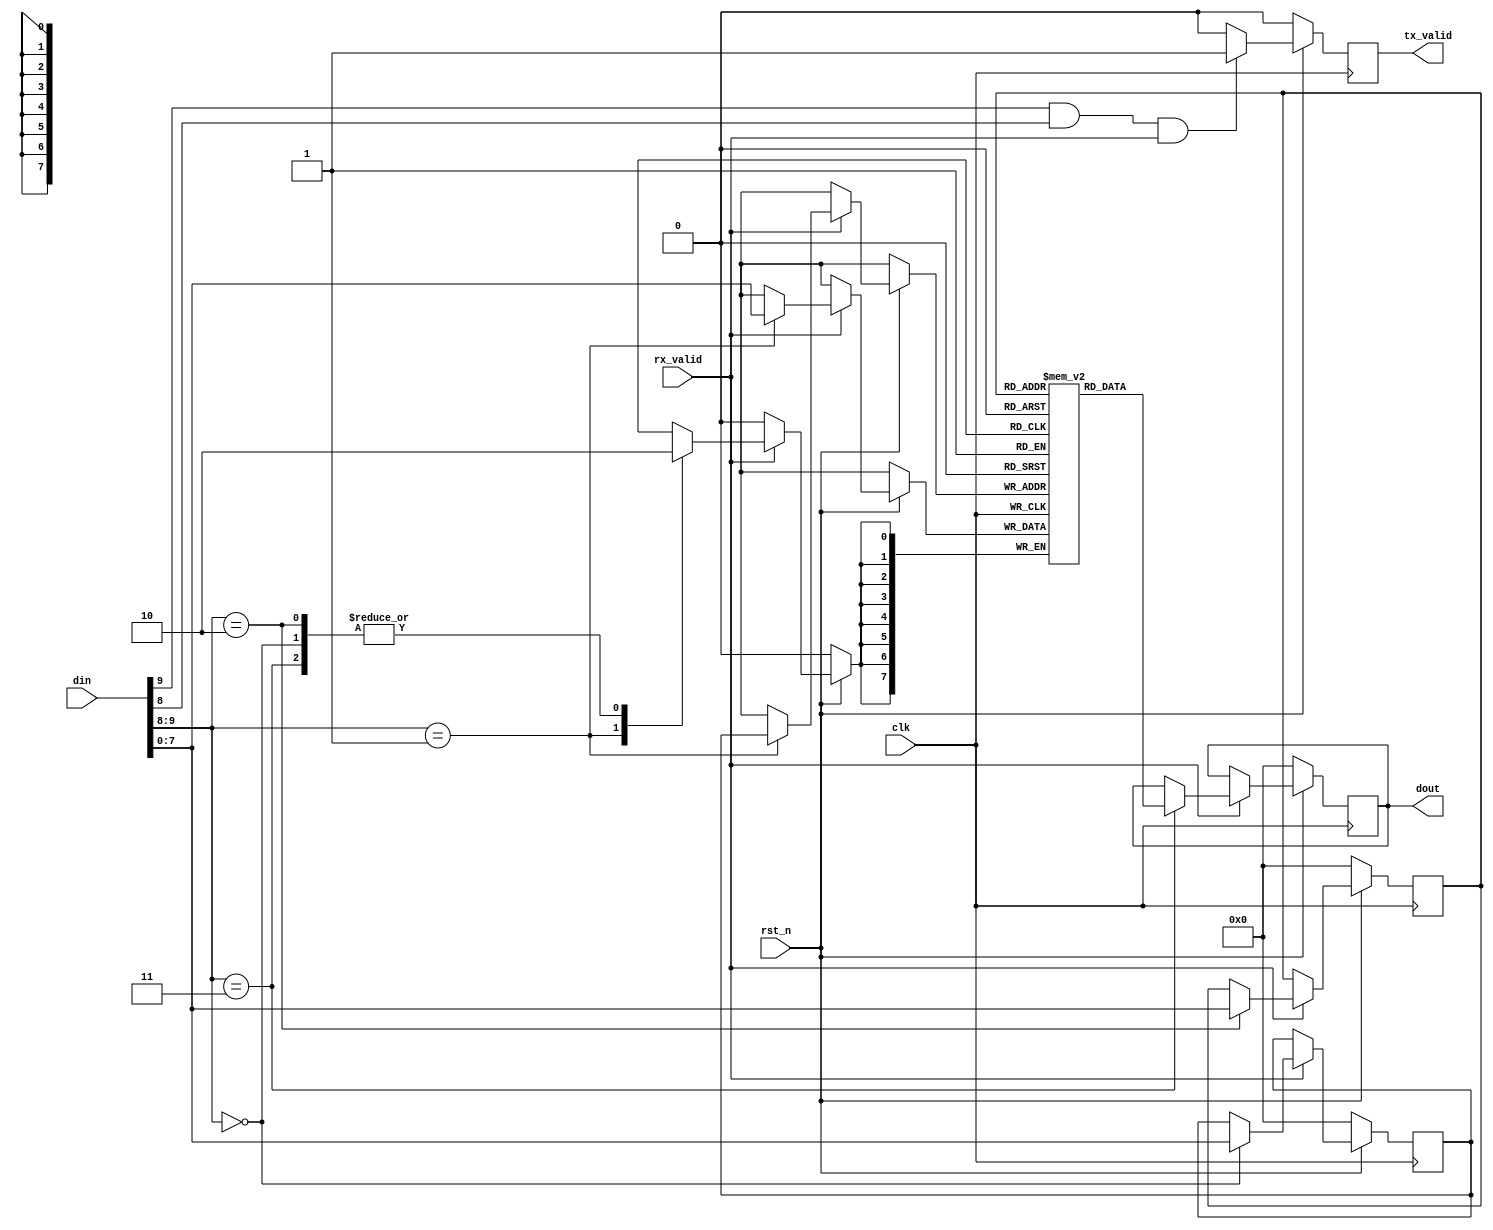
// First Lower Module (Single Port ASYNC RAM)

module Single_Port_Async_RAM (din,clk,rst_n,rx_valid,dout,tx_valid);

parameter MEM_DEPTH = 256;
parameter ADDR_SIZE = 8;

input [9:0] din;
input clk, rx_valid, rst_n; // rst_n -> Active Low SYNC

output reg [7:0] dout;
output reg tx_valid;

reg [7:0] RAM [MEM_DEPTH - 1 : 0];

// Two Address One for Read & One for Write
reg [ADDR_SIZE - 1 : 0] Wr_Addr, Rd_Addr;

// always block that specialized for holding read / write address
always @(posedge clk) begin
    if (~rst_n) begin
        dout <= 0;
        tx_valid <= 0;
        Wr_Addr <= 0;
        Rd_Addr <= 0;
    end
    else begin
        tx_valid <= (din[9] & din[8] & rx_valid)? 1 : 0;
        if (rx_valid) begin
            case (din[9:8])
                2'b00 : Wr_Addr <= din[7:0];      // Write Address
                2'b01 : RAM[Wr_Addr] <= din[7:0]; // Write Data
                2'b10 : Rd_Addr <= din[7:0];      // Read Address
                2'b11 : dout <= RAM[Rd_Addr];     // Read Data
            endcase
        end
    end
end
endmodule

// When rx_valid -> High (We Can Write the din[7:0] in the RAM and Save its Address Depending on din[9:8])
// din[9:8] = 00 -> Save din[7:0] in Wr_Addr internal Signal "Write Address"
// din[9:8] = 01 -> Write din[7:0] in the Memory at the Wr_Addr "Write Data". So, (00, 01) Must be Successive

// When rx_valid -> High (We Can Read the dout) from the address internal Signal Depending on din[9:8]
// din[9:8] = 10 -> Save din[7:0] in Rd_Addr internal Signal "Read Address" 
// din[9:8] = 11 -> "Read Data" at the Rd_Addr. So, (10, 11) Must be Successive, ignoring din[7:0] (Dummy Data)
// In Case of "Read Data" tx_valid Should be High